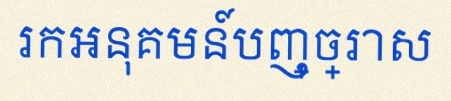
រកអនុគមន៍បញ្ច្រាស